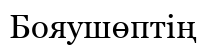
Бояушөптің